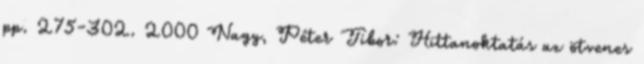
pp. 275-302. 2000 Nagy, Péter Tibor: Hittanoktatás az ötvenes